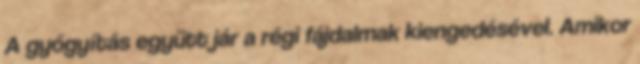
A gyógyítás együtt jár a régi fájdalmak kiengedésével. Amikor